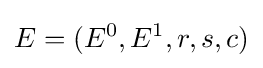
E=(E^{0},E^{1},r,s,c)